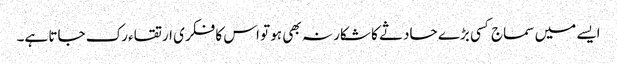
ایسے میں سماج کسی بڑے حادثے کا شکار نہ بھی ہو تو اس کا فکری ارتقاء رک جاتا ہے۔